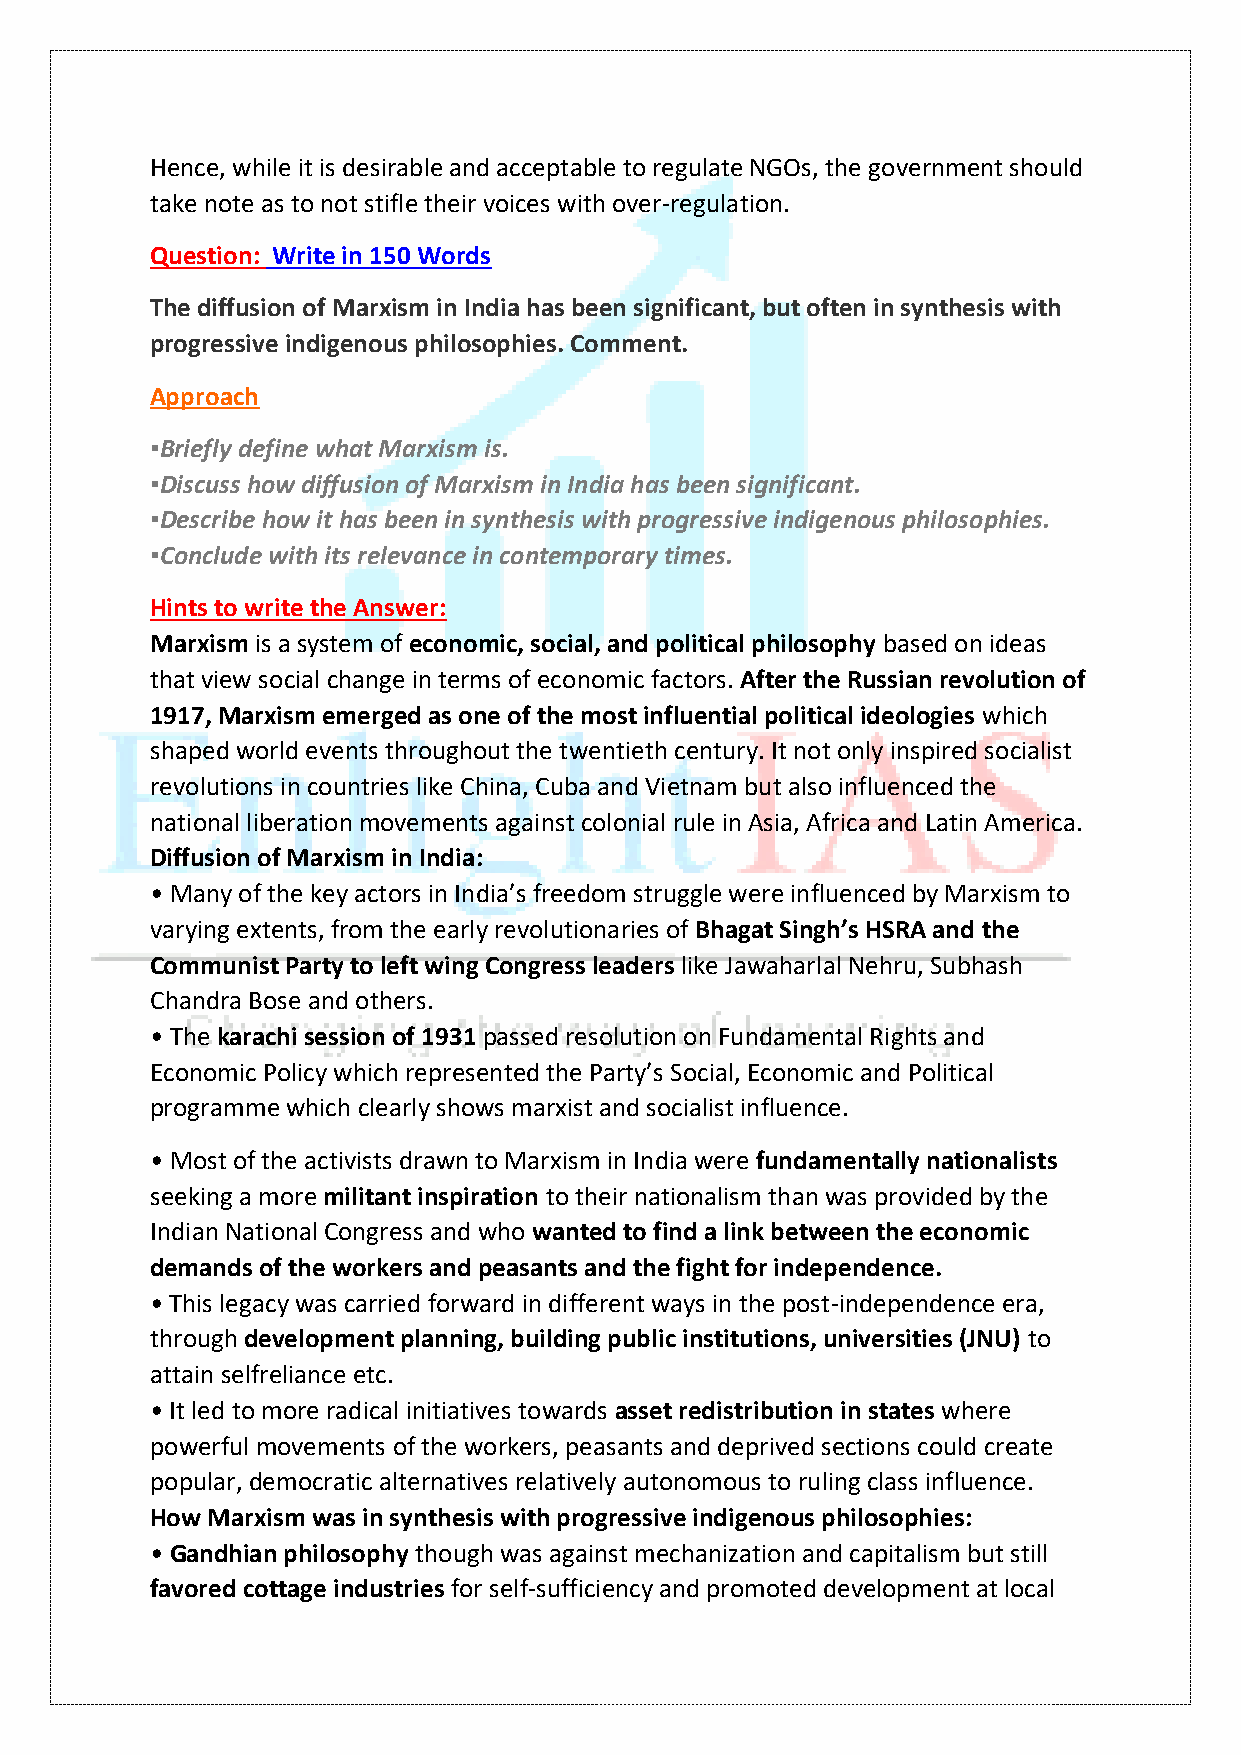
Hence, while it is desirable and acceptable to regulate NGOs, the government should
 take note as to not stifle their voices with over-regulation.
 Question: Write in 150 Words
 The diffusion of Marxism in India has been significant, but often in synthesis with
 progressive indigenous philosophies. Comment.
 Approach
 ▪️Briefly define what Marxism is.
 ▪️Discuss how diffusion of Marxism in India has been significant.
 ▪️Describe how it has been in synthesis with progressive indigenous philosophies.
 ▪️Conclude with its relevance in contemporary times.
 Hints to write the Answer:
 Marxism is a system of economic, social, and political philosophy based on ideas
 that view social change in terms of economic factors. After the Russian revolution of
 1917, Marxism emerged as one of the most influential political ideologies which
 shaped world events throughout the twentieth century. It not only inspired socialist
 revolutions in countries like China, Cuba and Vietnam but also influenced the
 national liberation movements against colonial rule in Asia, Africa and Latin America.
 Diffusion of Marxism in India:
 • Many of the key actors in India’s freedom struggle were influenced by Marxism to
 varying extents, from the early revolutionaries of Bhagat Singh’s HSRA and the
 Communist Party to left wing Congress leaders like Jawaharlal Nehru, Subhash
 Chandra Bose and others.
 • The karachi session of 1931 passed resolution on Fundamental Rights and
 Economic Policy which represented the Party’s Social, Economic and Political
 programme which clearly shows marxist and socialist influence.
 • Most of the activists drawn to Marxism in India were fundamentally nationalists
 seeking a more militant inspiration to their nationalism than was provided by the
 Indian National Congress and who wanted to find a link between the economic
 demands of the workers and peasants and the fight for independence.
 • This legacy was carried forward in different ways in the post-independence era,
 through development planning, building public institutions, universities (JNU) to
 attain selfreliance etc.
 • It led to more radical initiatives towards asset redistribution in states where
 powerful movements of the workers, peasants and deprived sections could create
 popular, democratic alternatives relatively autonomous to ruling class influence.
 How Marxism was in synthesis with progressive indigenous philosophies:
 • Gandhian philosophy though was against mechanization and capitalism but still
 favored cottage industries for self-sufficiency and promoted development at local